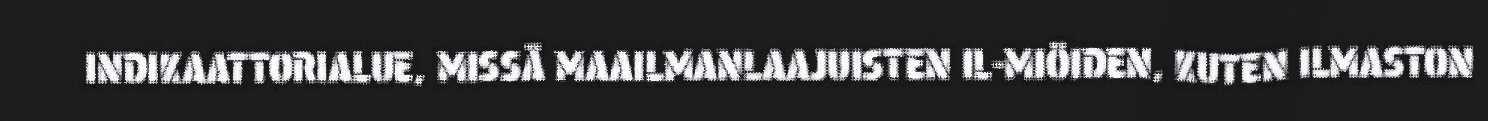
INDIKAATTORIALUE, MISSÄ MAAILMANLAAJUISTEN IL-MIÖIDEN, KUTEN ILMASTON